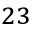
^ { 2 3 }